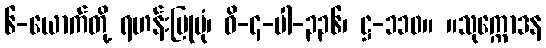
၆-ယောက်တို့ ရဟန်းပြုပုံ၊ ဝိ-၄-ပါ-၃၃၆၊ ဋ္ဌ-၁၁၀။ ။သုက္ကောဒန